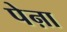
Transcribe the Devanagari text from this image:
पेऩा